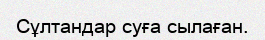
Сұлтандар суға сылаған.